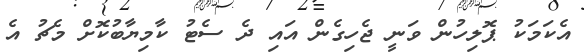
އެކަމަކު ޕޮލިހުން ވަނީ ޖެހިގެން އައި ދެ ސެޓު ކާމިޔާބުކޮށް މެޗު އެ